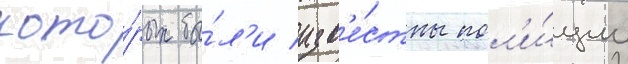
кото́рых бы́л'и изв'е́стны пол'и́ции